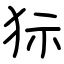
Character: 狋